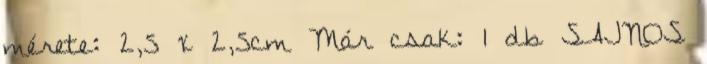
mérete: 2,5 x 2,5cm Már csak: 1 db SAJNOS